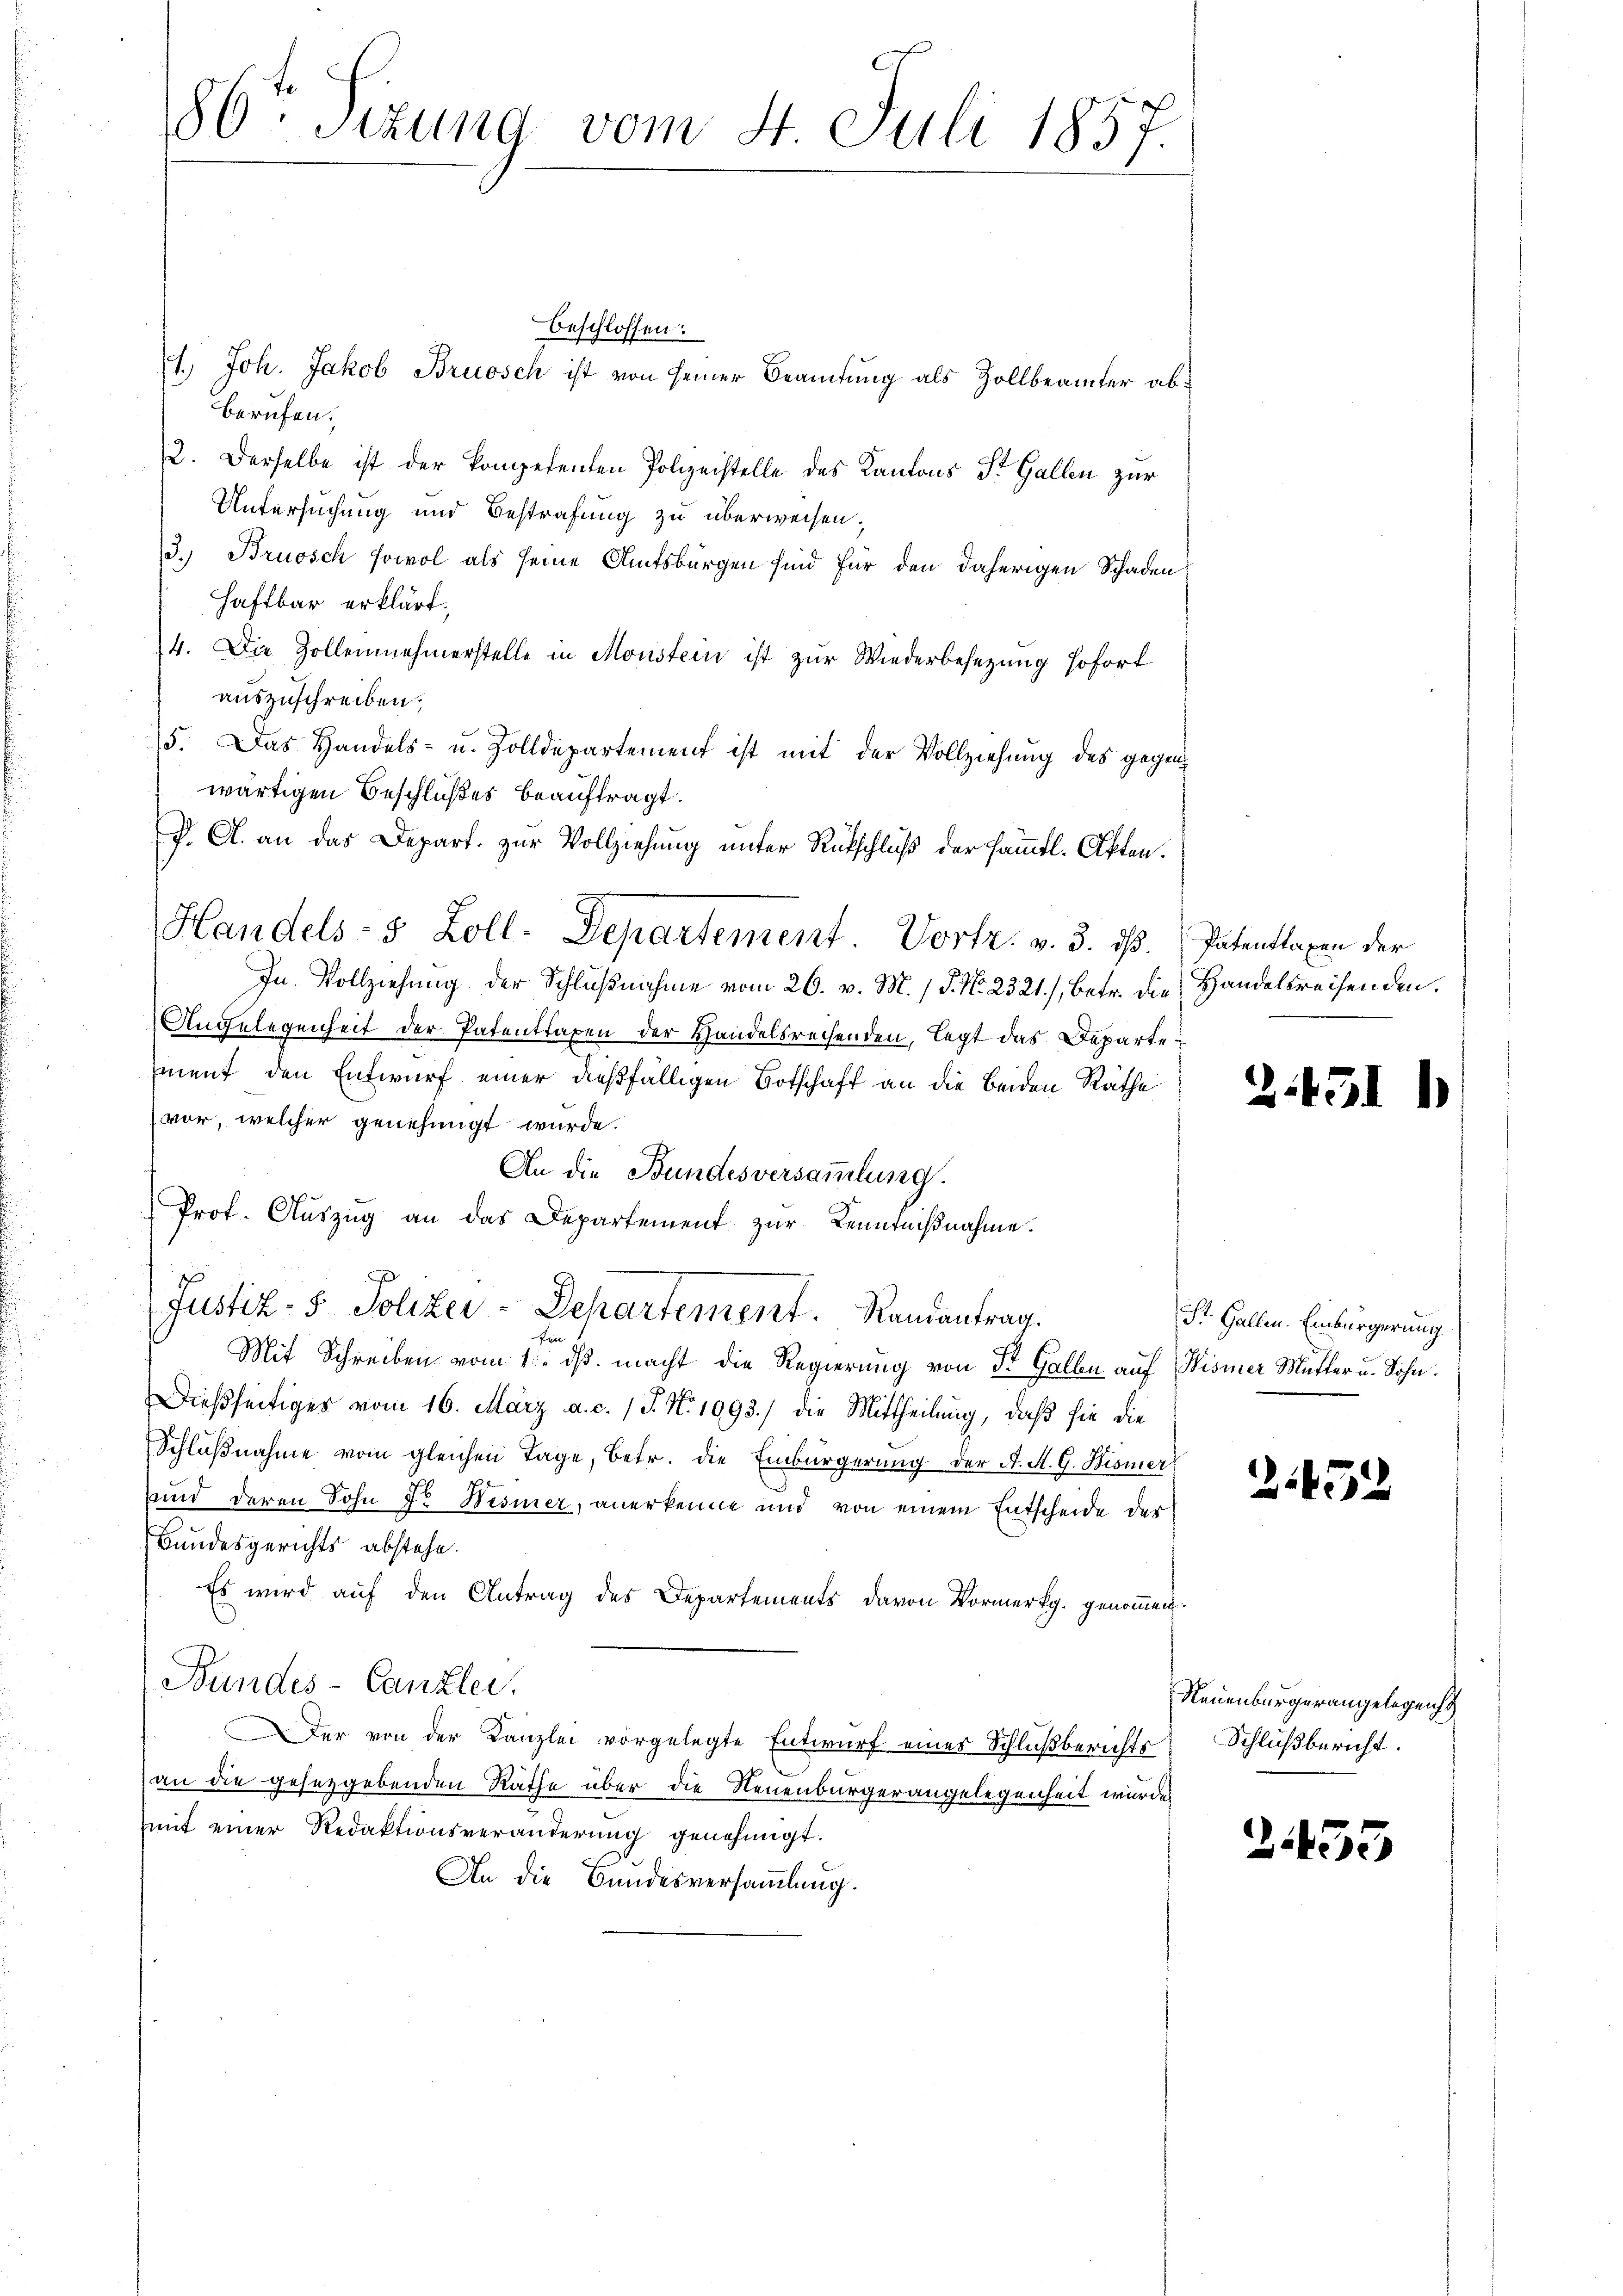
86. Sezung vom 4. Juli 1857.

beschlossen:
1.) Joh. Jakob Bruosch ist von seiner Beamtung als Zollbeamter abberufen.
2. Derselbe ist der kompetenten Polizeistelle des Kantons St. Gallen zur
Untersuchung und Bestrafung zu überweisen.
3. Bruosch sowol als seine Amtsbürgen sind für den daherigen Schaden,
Haftbar erklärt.
4. Die Zollennehmerstelle in Monstein ist zur Wiederbesezung sofort
auszuschreiben;
15. Das Handels- u. Zolldepartement ist mit der Vollziehung des gegenwärtigen Beschlußes beauftragt.
D. A. an das Depart. zur Vollziehung unter Rükschluß der sämmtl. Akten.
Handels- 5 Zoll-Departement Vortr. v. 3. ds. Patentlaxen der
In Vollziehung der Schlußnahme vom 26. v. M. / 5. No. 2321), betr. die Handelsreisenden.
Angelegenheit der Patentragen der Handelsreisenden, legt das Departe
maut den Entwurf einer dießfälligen Botschaft an die beiden Räthe
vor, welcher genehmigt wurde.
An die Bundesversammlung.
Prof. Auszug an das Departement zur Kenntnißnahme.
Justiz- & Polizei-Departement. Randantrag.
ten
Mit Schreiben vom 1. ds. macht die Regierung von St. Gallen auf Wismer Mutter u. Sohn.
Dießseitiges vom 16. März a. c. 1 J. N. 1093./ die Mittheilung, daß sie die
Schlŭβnahme vom gleichen Tage, betr. die Einbürgerung der A. S. G. Bismer
und deren Sohn Dr Wismer, anerkenne und von einem Entscheide der
Bundesgerichts abstehe.
Es wird auf den Antrag des Departements davon Vormerkg. genommen.
Bundes-Canzlei.
Der von der Kanzlei vorgelegte Entwurf eines Schlußberichts
an die gesetzgebenden Räthe über die Neuenburgerangelegenheit wurde,
mit einer Redaktionsveränderung genehmigt.
An die Bundesversammlung.

2.451

St. Gallen. Einbürgerung

249.

2

Neuenburgerangelegensch
Schlußbericht.

2455

l